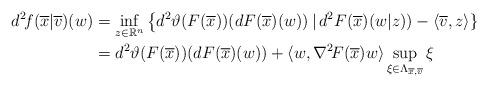
LaTeX: \begin{align*} d^2\!f(\overline{x}|\overline{v})(w) &=\inf_{z\in\mathbb{R}^n}\big\{d^2\vartheta(F(\overline{x})) (dF(\overline{x})(w))\,|\,d^2F(\overline{x})(w|z))-\langle\overline{v},z\rangle\}\\ &=d^2\vartheta(F(\overline{x}))(dF(\overline{x})(w))+\langle w,\nabla^2\!F(\overline{x})w\rangle\sup_{\xi\in \Lambda_{\overline{x},\overline{v}}}\xi \end{align*}